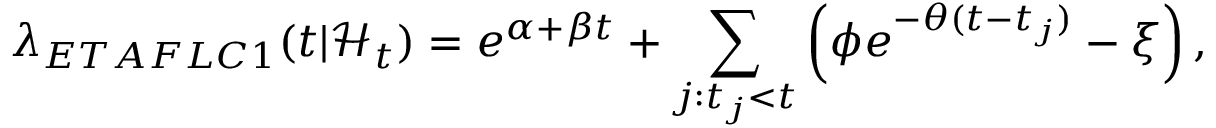
\lambda _ { E T A F L C 1 } ( t | \mathcal { H } _ { t } ) = e ^ { \alpha + \beta t } + \sum _ { j : t _ { j } < t } \left( \phi e ^ { - \theta ( t - t _ { j } ) } - \xi \right) ,